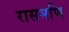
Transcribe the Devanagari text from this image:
रासमणि